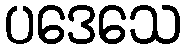
ပဒေသေ